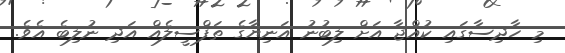
މި ހާދިސާގައި ކުއްޖާ އަށް ލިބުނު އަނިޔާގެ ތަފްސީލެއް އަދި ނުލިބެ އެވެ.